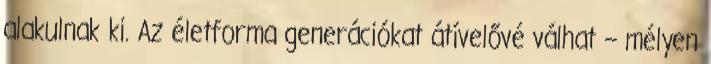
alakulnak ki. Az életforma generációkat átívelővé válhat – mélyen